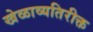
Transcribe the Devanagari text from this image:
खेळाव्यतिरीक्त